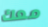
معك